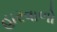
હારવાળો